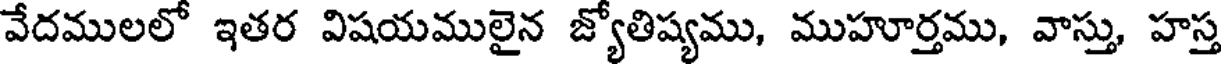
వేదములలో ఇతర విషయములైన జ్యోతిష్యము, ముహూర్తము, వాస్తు, హస్త